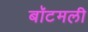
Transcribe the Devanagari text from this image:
बॉटमली